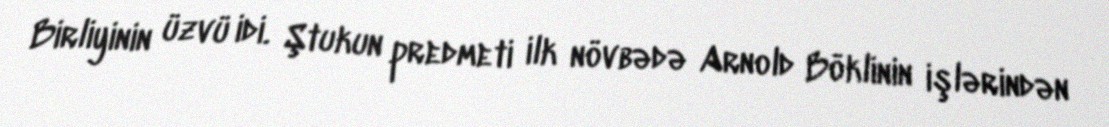
Birliyinin üzvü idi. Ştukun predmeti ilk növbədə Arnold Böklinin işlərindən